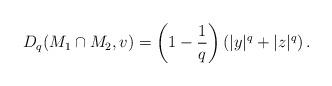
LaTeX: \begin{align*} D_q(M_1\cap M_2, v) = \left(1-\frac{1}{q}\right) \left(|y|^q+|z|^q\right). \end{align*}